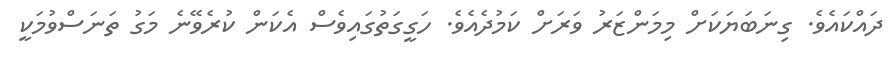
ދައްކައެވެ. ގިނަބަޔަކަށް މިމަންޒަރު ވަރަށް ކަމުދެއެވެ. ހަގީގަތުގައިވެސް އެކަން ކުރެވޭނެ މަގު ތަނަސްވުމަކީ